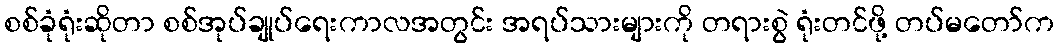
စစ်ခုံရုံးဆိုတာ စစ်အုပ်ချုပ်ရေးကာလအတွင်း အရပ်သားများကို တရားစွဲ ရုံးတင်ဖို့ တပ်မတော်က